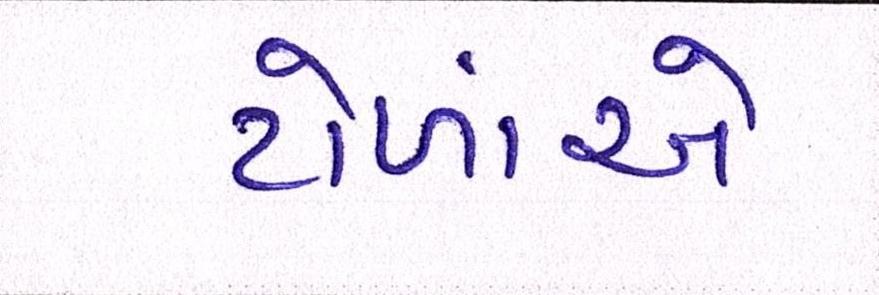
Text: ટોળાંએ